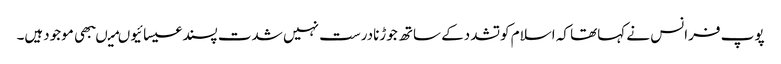
پوپ فرانس نے کہاتھا کہ اسلام کوتشددکے ساتھ جوڑنادرست نہیں شدت پسندعیسائیوںمیںبھی موجودہیں۔